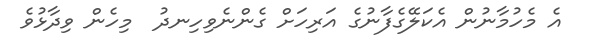
އެ މެހުމާނުން އެކަލޭގެފާނުގެ އަރިހަށް ގެންނެވިހިނދު  މިހެން ވިދާޅުވެ